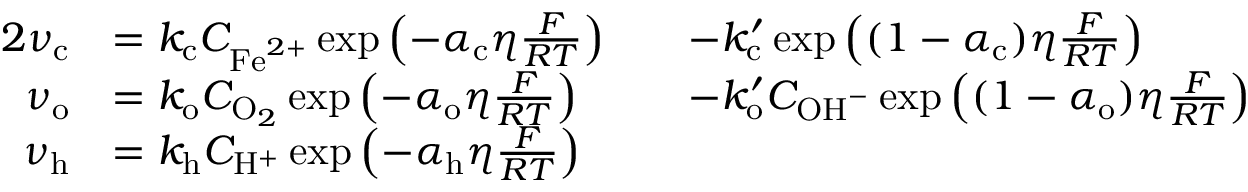
\begin{array} { r l r l } { { 2 } \nu _ { \mathrm { c } } } & { = k _ { \mathrm { c } } C _ { \mathrm { F e } ^ { 2 + } } \exp \left( - \alpha _ { \mathrm { c } } \eta \frac { F } { R T } \right) } & & { - k _ { \mathrm { c } } ^ { \prime } \exp \left( ( 1 - \alpha _ { \mathrm { c } } ) \eta \frac { F } { R T } \right) } \\ { \nu _ { \mathrm { o } } } & { = k _ { \mathrm { o } } C _ { \mathrm { O } _ { 2 } } \exp \left( - \alpha _ { \mathrm { o } } \eta \frac { F } { R T } \right) } & & { - k _ { \mathrm { o } } ^ { \prime } C _ { \mathrm { O H } ^ { - } } \exp \left( ( 1 - \alpha _ { \mathrm { o } } ) \eta \frac { F } { R T } \right) } \\ { \nu _ { \mathrm { h } } } & { = k _ { \mathrm { h } } C _ { \mathrm { H } ^ { + } } \exp \left( - \alpha _ { \mathrm { h } } \eta \frac { F } { R T } \right) } & & { } \end{array}